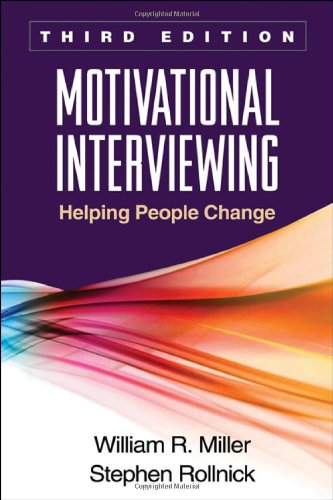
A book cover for Motivational Interviewing: Helping People Change, 3rd Edition (Applications of Motivational Interviewing); William R. Miller; Medical Books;